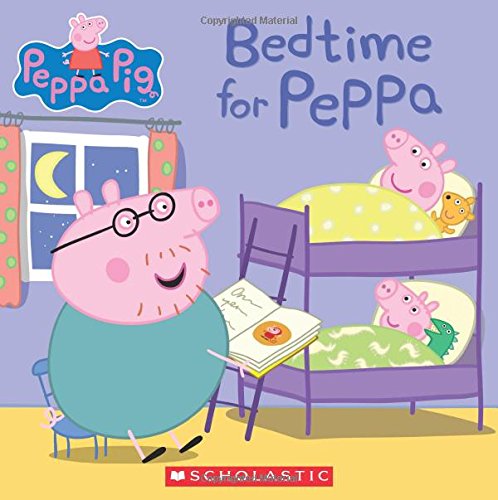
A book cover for Bedtime for Peppa (Peppa Pig); Scholastic; Children's Books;